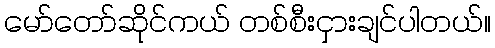
မော်တော်ဆိုင်ကယ် တစ်စီးငှားချင်ပါတယ်။